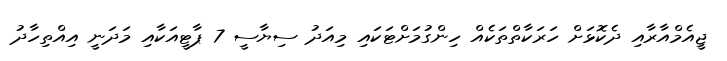
ޖީއެމްއާރާއި ދެކޮޅަށް ހަރަކާތްތަކެއް ހިންގުމަށްޓަކައި މިއަދު ސިޔާސީ 7 ޕާޓީއަކާއި މަދަނީ އިއްތިހާދު